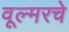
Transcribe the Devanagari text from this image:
वूल्मरचे